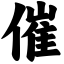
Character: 催